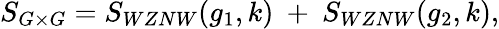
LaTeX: S_{G\times G}=S_{WZNW}(g_{1},k)~+~S_{WZNW}(g_{2},k),